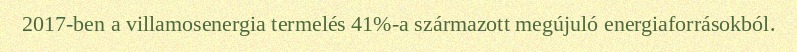
2017-ben a villamosenergia termelés 41%-a származott megújuló energiaforrásokból.